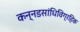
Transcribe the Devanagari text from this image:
कन्नडसांधिविग्रहिक